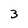
Character: 3